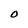
Character: O